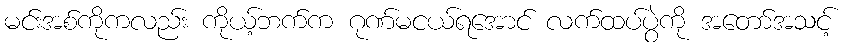
မင်းအစ်ကိုကလည်း ကိုယ့်ဘက်က ဂုဏ်မငယ်ရအောင် လက်ထပ်ပွဲကို အတော်အသင့်